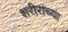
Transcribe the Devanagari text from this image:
शरीरांच्या